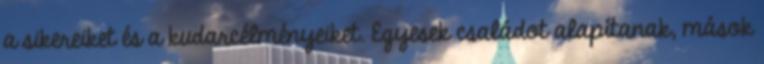
a sikereiket és a kudarcélményeiket. Egyesek családot alapítanak, mások